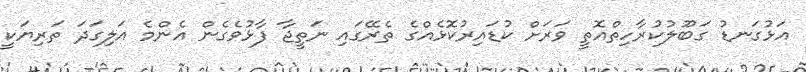
އަޅުގަނޑު ގަބޫލުކުރާހިތްއޮތީ ވަރަށް ކުޑައިރުކޮޅެއްގެ ތެރޭގައި ނަތީޖާ ފާޅުވެގެން އެންމެ އަލިގަދަ ތަރިޔަކީ